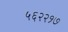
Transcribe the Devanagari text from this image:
५६२२१७